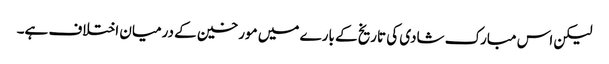
لیکن اس مبارک شادی کی تاریخ کے بارے میں مورخین کے درمیان اختلاف ہے۔